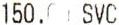
150.00 SVC